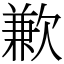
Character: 歉